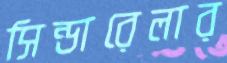
সিন্ডারেলার